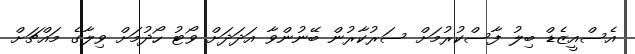
އެސްއީޒެޑް ބިލު ފާސްކުރުމަށް ސަރުކާރުން ބޭނުންވާ އަދަދަށް ވޯޓު ހޯދުމަށް ވިލާގެ މައްޗަށް